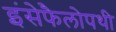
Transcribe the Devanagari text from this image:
इंसेफैलोपथी